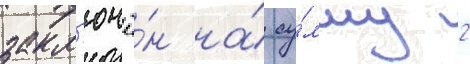
закл'ючё́н на́ су́мму 2